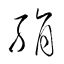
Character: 絹